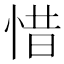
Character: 惜